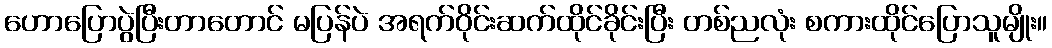
ဟောပြောပွဲပြီးတာတောင် မပြန်ပဲ အရက်ဝိုင်းဆက်ထိုင်ခိုင်းပြီး တစ်ညလုံး စကားထိုင်ပြောသူမျိုး။